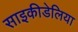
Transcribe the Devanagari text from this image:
साइकीडेलिया